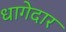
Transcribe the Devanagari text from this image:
धागेदार